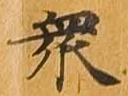
衆